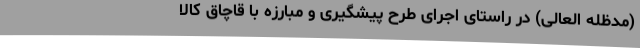
(مدظله العالی) در راستای اجرای طرح پیشگیری و مبارزه با قاچاق کالا